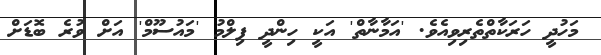
މަހުދީ ހަރަކާތްތެރިވިއެވެ. 'އަމާނާތް' އަކީ ހިންދީ ފިލްމު 'މައުސޫމް' އަށް ވުރެ ބޮޑަށް